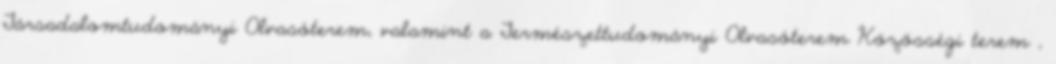
Társadalomtudományi Olvasóterem, valamint a Természettudományi Olvasóterem Közösségi terem ,